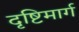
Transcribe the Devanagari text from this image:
दृष्टिमार्ग